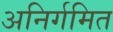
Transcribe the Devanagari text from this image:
अनिर्गमित